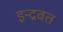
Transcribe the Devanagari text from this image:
इन्द्रवत